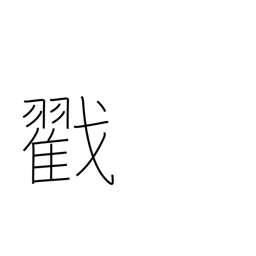
Meaning: poke